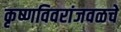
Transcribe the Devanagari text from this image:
कृष्णविवरांजवळचे